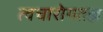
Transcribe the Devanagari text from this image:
त्वचारोगतज्ञ